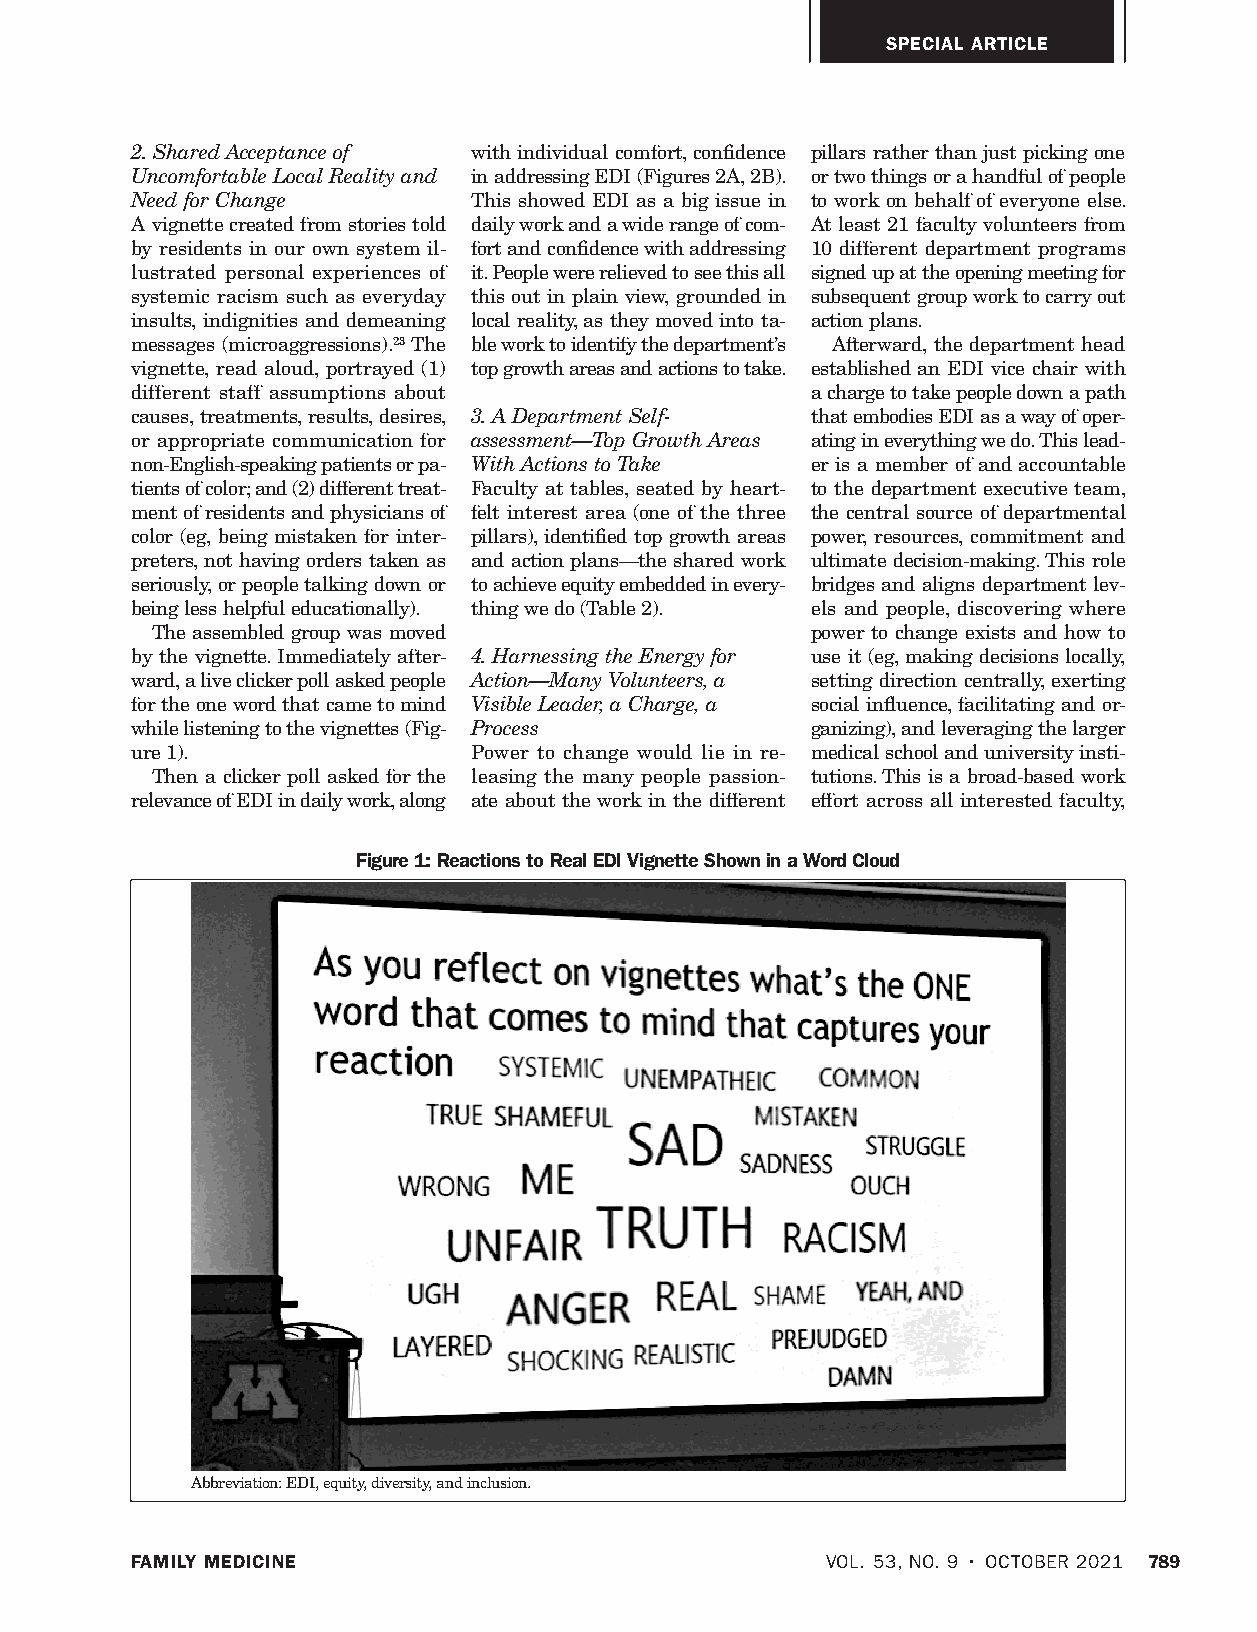
SPECIAL ARTICLE
 2. Shared Acceptance of with individual comfort, confidence pillars rather than just picking one
 Uncomfortable Local Reality and in addressing EDI (Figures 2A, 2B). or two things or a handful of people
 Need for Change       This showed EDI as a big issue in to work on behalf of everyone else.
 A vignette created from stories told daily work and a wide range of com- At least 21 faculty volunteers from
 by residents in our own system il- fort and confidence with addressing 10 different department programs
 lustrated personal experiences of it. People were relieved to see this all signed up at the opening meeting for
 systemic racism such as everyday this out in plain view, grounded in subsequent group work to carry out
 insults, indignities and demeaning local reality, as they moved into ta- action plans.
 messages (microaggressions).23 The ble work to identify the department’s Afterward, the department head
 vignette, read aloud, portrayed (1) top growth areas and actions to take. established an EDI vice chair with
 different staff assumptions about            a charge to take people down a path
 causes, treatments, results, desires, 3. A Department Self- that embodies EDI as a way of oper-
 or appropriate communication for assessment—Top Growth Areas ating in everything we do. This lead-
 non-English-speaking patients or pa- With Actions to Take er is a member of and accountable
 tients of color; and (2) different treat- Faculty at tables, seated by heart- to the department executive team,
 ment of residents and physicians of felt interest area (one of the three the central source of departmental
 color (eg, being mistaken for inter- pillars), identified top growth areas power, resources, commitment and
 preters, not having orders taken as and action plans—the shared work ultimate decision-making. This role
 seriously, or people talking down or to achieve equity embedded in every- bridges and aligns department lev-
 being less helpful educationally). thing we do (Table 2). els and people, discovering where
 The assembled group was moved               power to change exists and how to
 by the vignette. Immediately after- 4. Harnessing the Energy for use it (eg, making decisions locally,
 ward, a live clicker poll asked people Action—Many Volunteers, a setting direction centrally, exerting
 for the one word that came to mind Visible Leader, a Charge, a social influence, facilitating and or-
 while listening to the vignettes (Fig- Process ganizing), and leveraging the larger
 ure 1).               Power to change would lie in re- medical school and university insti-
 Then a clicker poll asked for the leasing the many people passion- tutions. This is a broad-based work
 relevance of EDI in daily work, along ate about the work in the different effort across all interested faculty,
 Figure 1: Reactions to Real EDI Vignette Shown in a Word Cloud
 Figure 1: Reactions to Real EDI Vignette Shown in a Word Cloud
 Abbreviation: EDI, equity, diversity, and inclusion.
 FAMILY MEDICINE                               VOL. 53, NO. 9 • OCTOBER 2021 789